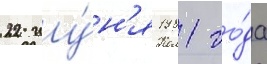
22 иу́н'я 1981 го́да